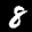
Label: 8